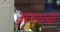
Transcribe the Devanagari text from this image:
अड्थळे